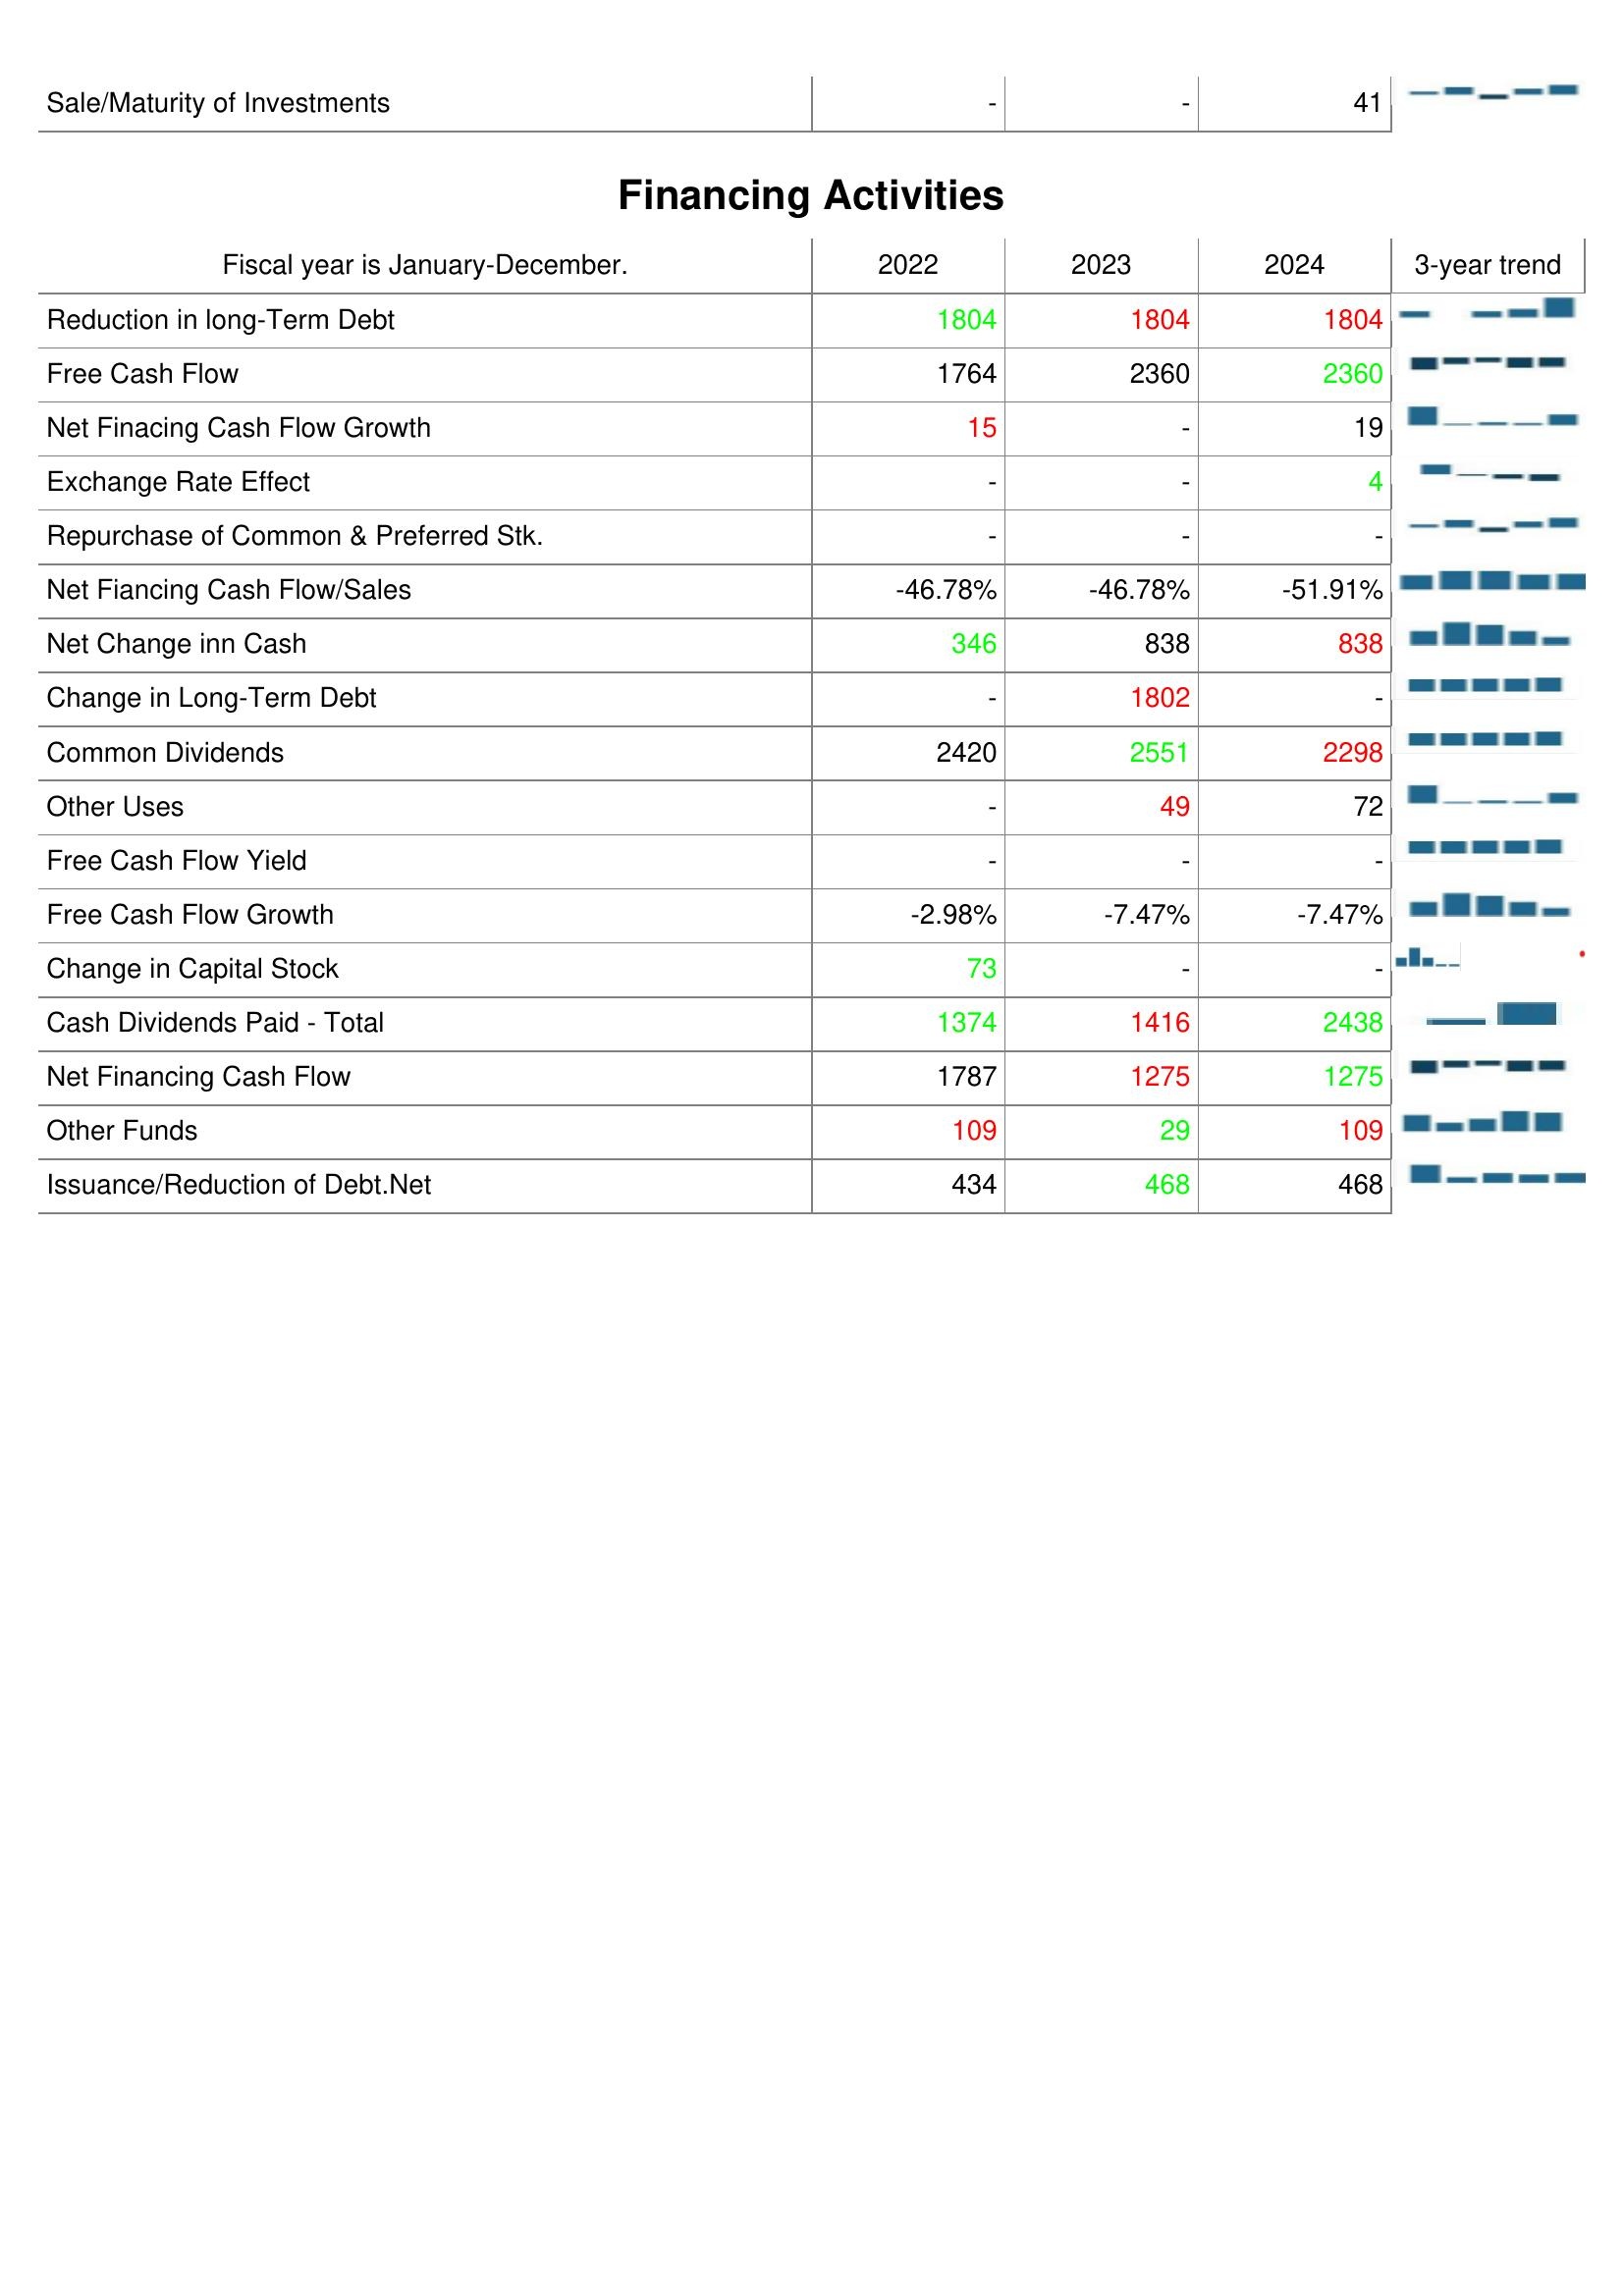
2022: Investing Activities: Sale/Maturity of Investments: -
Financing Activities: Reduction in long-Term Debt: 1804
Free Cash Flow: 1764
Net Finacing Cash Flow Growth: 15
Exchange Rate Effect: -
Repurchase of Common & Preferred Stk.: -
Net Fiancing Cash Flow/Sales: -46.78%
Net Change inn Cash: 346
Change in Long-Term Debt: -
Common Dividends: 2420
Other Uses: -
Free Cash Flow Yield: -
Free Cash Flow Growth: -2.98%
Change in Capital Stock: 73
Cash Dividends Paid - Total: 1374
Net Financing Cash Flow: 1787
Other Funds: 109
Issuance/Reduction of Debt.Net: 434
2023: Investing Activities: Sale/Maturity of Investments: -
Financing Activities: Reduction in long-Term Debt: 1804
Free Cash Flow: 2360
Net Finacing Cash Flow Growth: -
Exchange Rate Effect: -
Repurchase of Common & Preferred Stk.: -
Net Fiancing Cash Flow/Sales: -46.78%
Net Change inn Cash: 838
Change in Long-Term Debt: 1802
Common Dividends: 2551
Other Uses: 49
Free Cash Flow Yield: -
Free Cash Flow Growth: -7.47%
Change in Capital Stock: -
Cash Dividends Paid - Total: 1416
Net Financing Cash Flow: 1275
Other Funds: 29
Issuance/Reduction of Debt.Net: 468
2024: Investing Activities: Sale/Maturity of Investments: 41
Financing Activities: Reduction in long-Term Debt: 1804
Free Cash Flow: 2360
Net Finacing Cash Flow Growth: 19
Exchange Rate Effect: 4
Repurchase of Common & Preferred Stk.: -
Net Fiancing Cash Flow/Sales: -51.91%
Net Change inn Cash: 838
Change in Long-Term Debt: -
Common Dividends: 2298
Other Uses: 72
Free Cash Flow Yield: -
Free Cash Flow Growth: -7.47%
Change in Capital Stock: -
Cash Dividends Paid - Total: 2438
Net Financing Cash Flow: 1275
Other Funds: 109
Issuance/Reduction of Debt.Net: 468